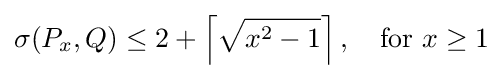
\sigma (P_{x},Q)\leq 2+\left\lceil {\sqrt {x^{2}-1}}\right\rceil ,\quad {\text{for }}x\geq 1